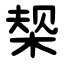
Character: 椝